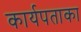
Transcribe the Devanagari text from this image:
कार्यपताका